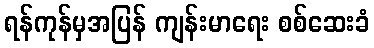
ရန်ကုန်မှအပြန် ကျန်းမာရေး စစ်ဆေးခံ